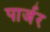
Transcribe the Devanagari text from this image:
पार्जर